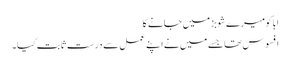
ابا کومیرے شوبز میں جانے کا
افسوس تھا جسے میں نے اپنے عمل سے درست ثابت کیا۔